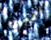
أنني